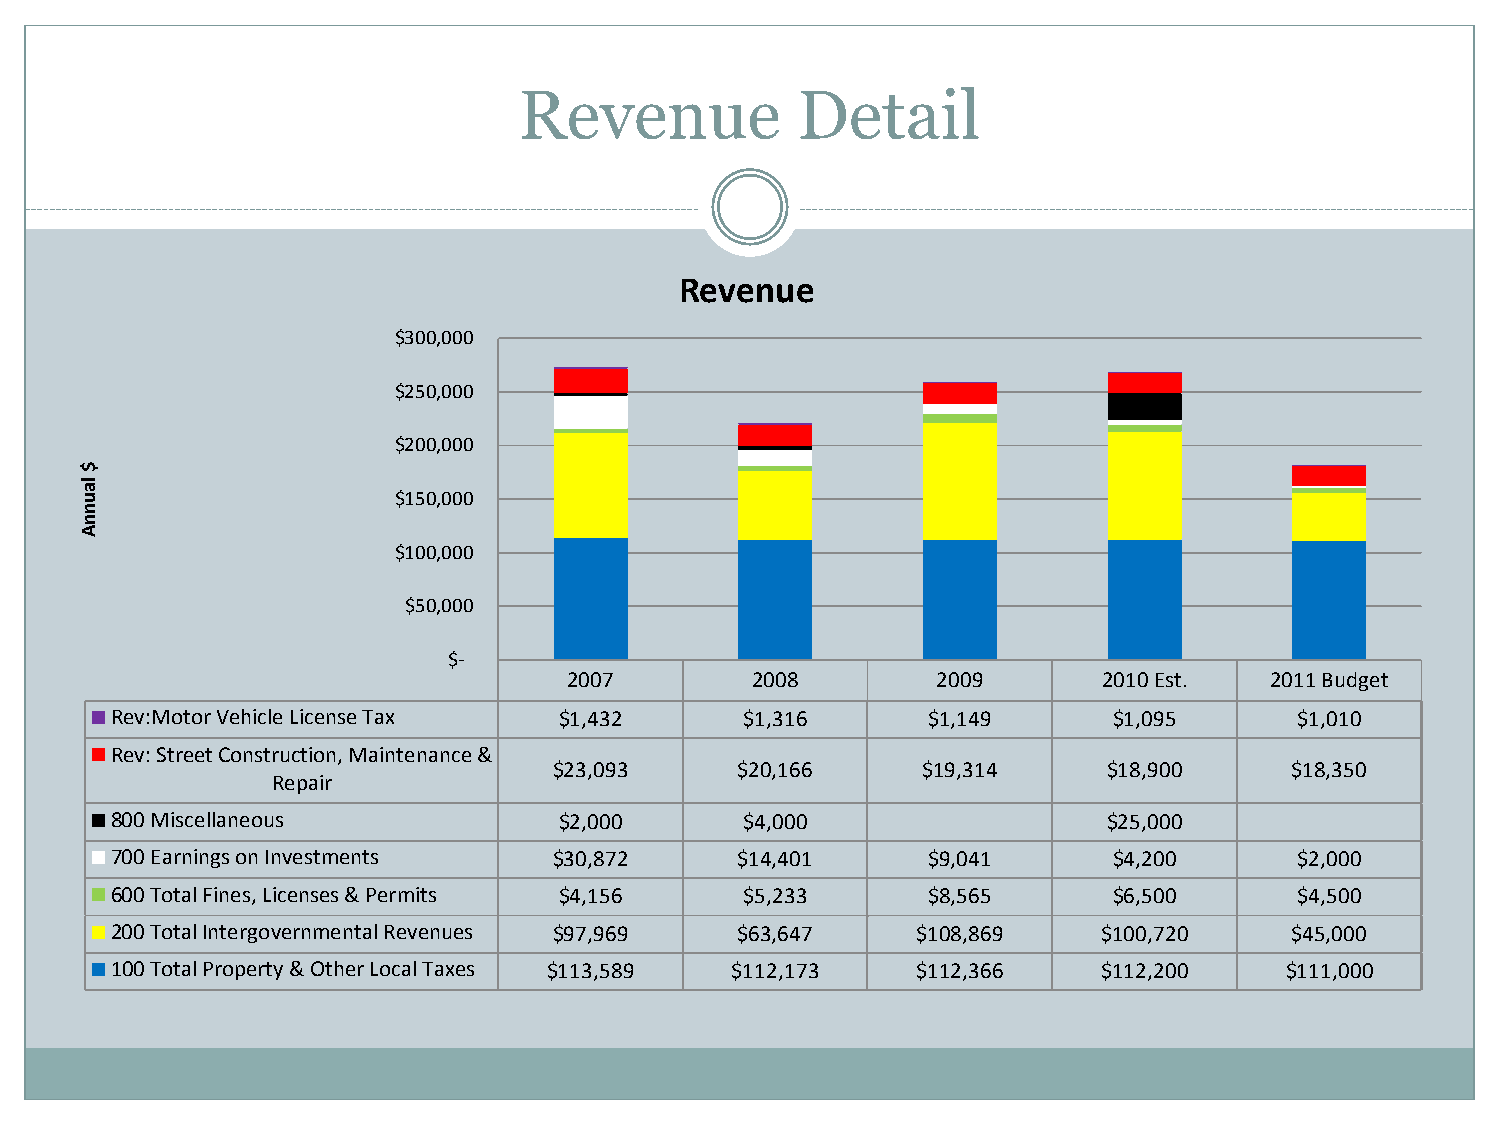
Revenue            Detail
 Revenue
 $300,000
 $250,000
 $200,000
 $
 la
 u                    $150,000
 n
 n
 A
 $100,000
 $50,000
 $-
 2007        2008        2009       2010 Est.  2011 Budget
 Rev:Motor Vehicle License Tax $1,432      $1,316      $1,149       $1,095      $1,010
 Rev: Street Construction, Maintenance &
 $23,093     $20,166     $19,314     $18,900     $18,350
 Repair
 800 Miscellaneous             $2,000      $4,000                  $25,000
 700 Earnings on Investments   $30,872     $14,401     $9,041       $4,200      $2,000
 600 Total Fines, Licenses & Permits $4,156 $5,233     $8,565       $6,500      $4,500
 200 Total Intergovernmental Revenues $97,969 $63,647  $108,869    $100,720    $45,000
 100 Total Property & Other Local Taxes $113,589 $112,173 $112,366 $112,200    $111,000